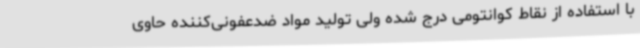
با استفاده از نقاط کوانتومی درج شده ولی تولید مواد ضدعفونی‌کننده حاوی